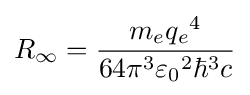
R_{\infty }={\frac {m_{e}{q_{e}}^{4}}{64\pi ^{3}{\varepsilon _{0}}^{2}\hbar ^{3}c}}